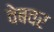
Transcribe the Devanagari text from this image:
वेबवर